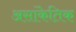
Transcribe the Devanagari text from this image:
असांकेतिक